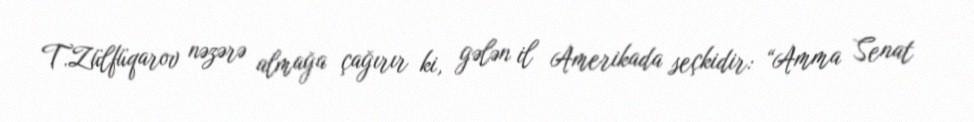
T.Zülfüqarov nəzərə almağa çağırır ki, gələn il Amerikada seçkidir: “Amma Senat